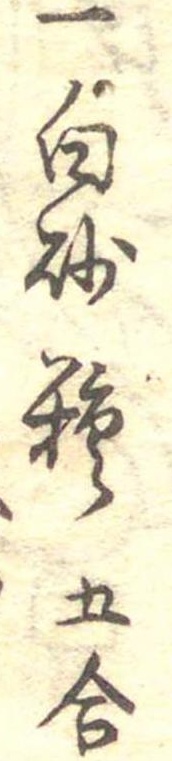
一白砂糖五合